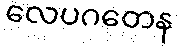
လေပဂတေန